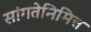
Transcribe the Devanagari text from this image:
सांगतेनिमित्त